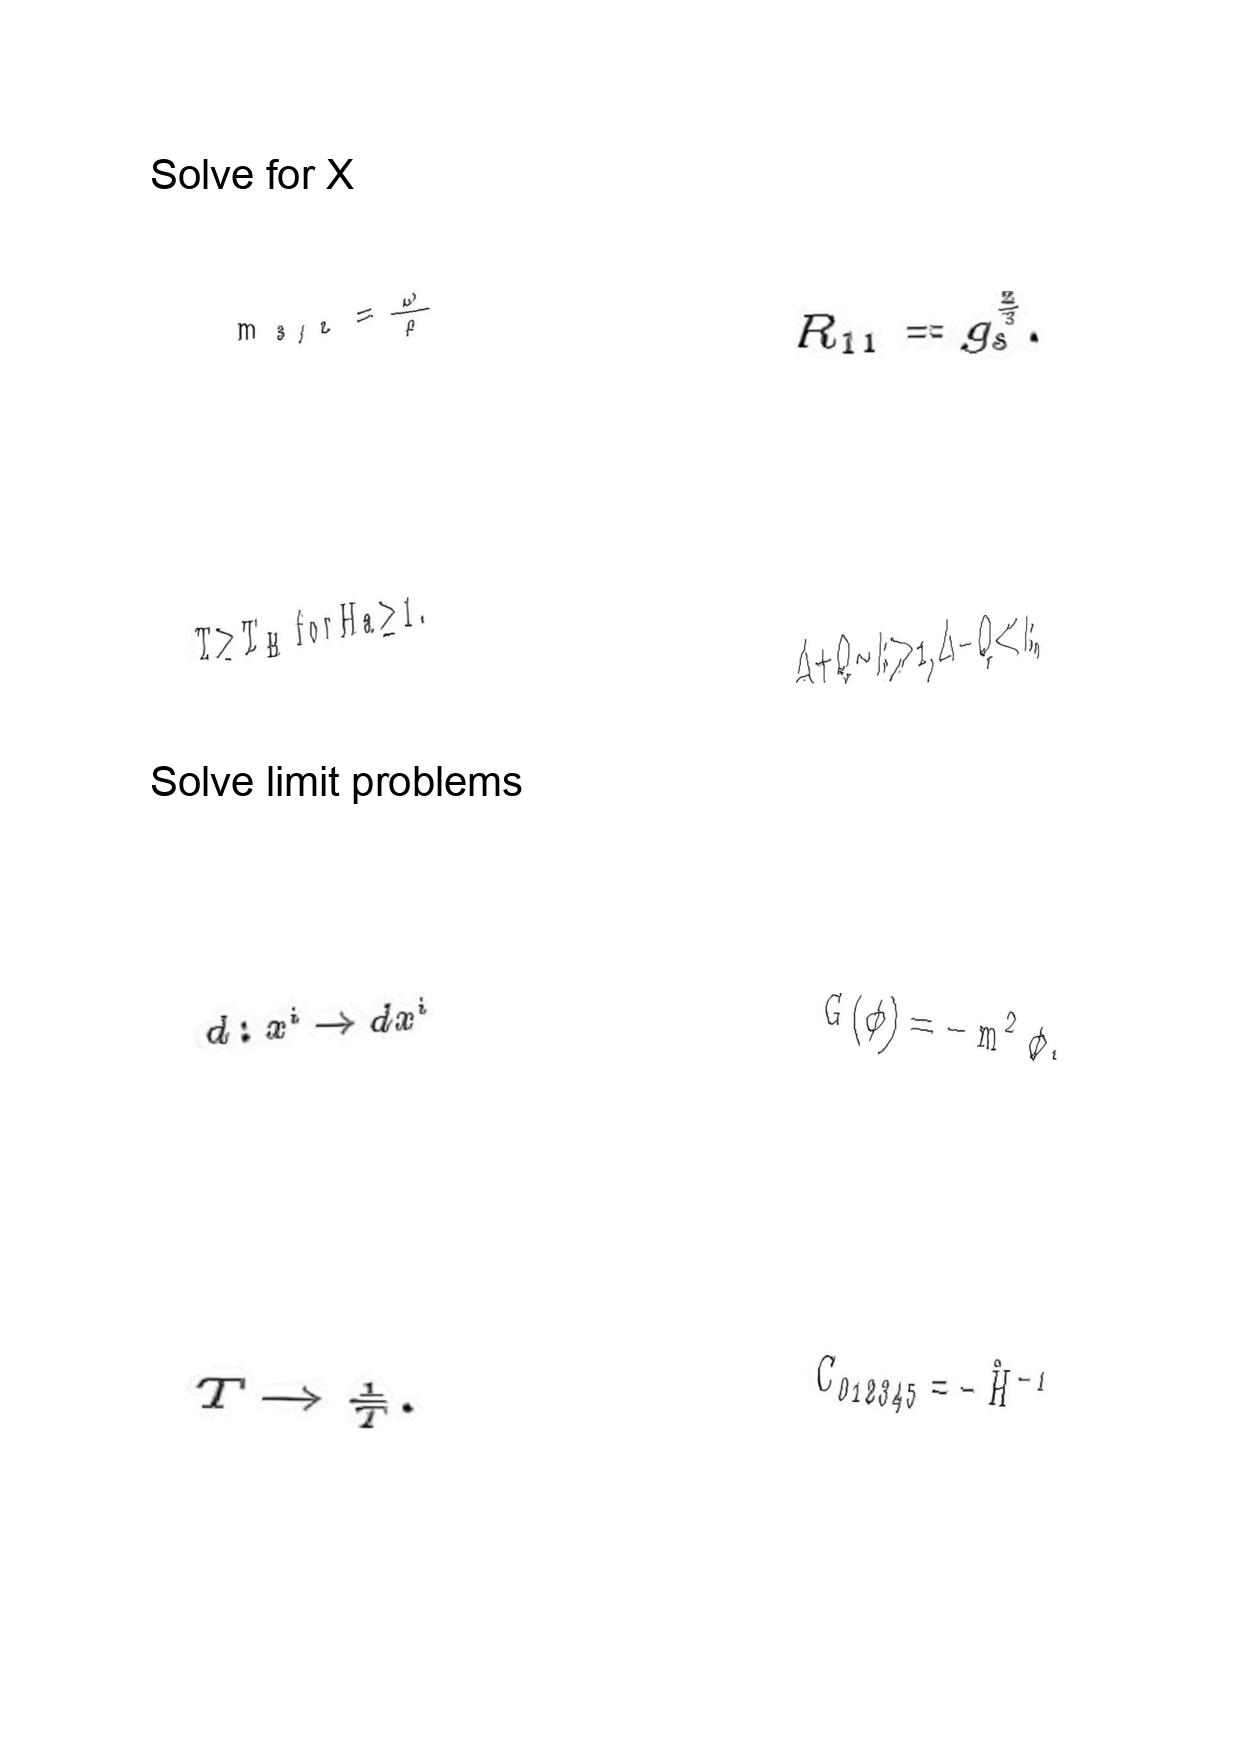
LaTeX transcription:
m _ { 3 / 2 } = \frac { \omega } { \rho }
T \geq T _ { H } \mathrm { f o r } H a \geq 1 .
d : x ^ { i } \rightarrow d x ^ { i }
T \rightarrow \frac { 1 } { T } .
R _ { 1 1 } = g _ { s } ^ { \frac { 2 } { 3 } } .
\Delta + Q \sim k \gg 1 , \Delta - Q \ll k ,
G \lparen \phi \rparen = - m ^ { 2 } \phi ,
C _ { 0 1 2 3 4 5 } = - \hat { H } ^ { - 1 }